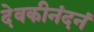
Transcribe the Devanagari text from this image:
देवकीनंदनं